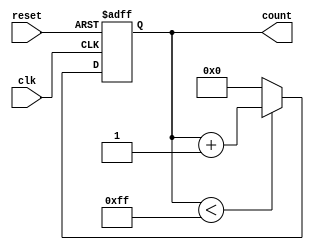
module MemoryBlocksUpCounter #(
    parameter BIT_WIDTH = 8,          // Number of bits for the count output
    parameter INITIAL_VALUE = 0,      // Initial value for the counter
    parameter MAX_COUNT_VALUE = 255    // Maximum count value
)(
    input wire clk,                   // Clock input
    input wire reset,                 // Asynchronous reset input
    output reg [BIT_WIDTH-1:0] count  // Count output
);

    // Always block for synchronous counting and asynchronous reset
    always @(posedge clk or posedge reset) begin
        if (reset) begin
            // Asynchronous reset to the initial value
            count <= INITIAL_VALUE;
        end else begin
            // Increment the count
            if (count < MAX_COUNT_VALUE) begin
                count <= count + 1;
            end else begin
                // Reset to initial value on overflow
                count <= INITIAL_VALUE;
            end
        end
    end

endmodule